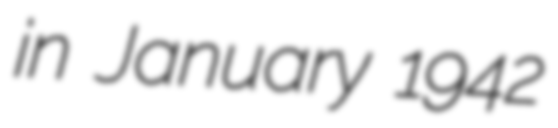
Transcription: in January 1942